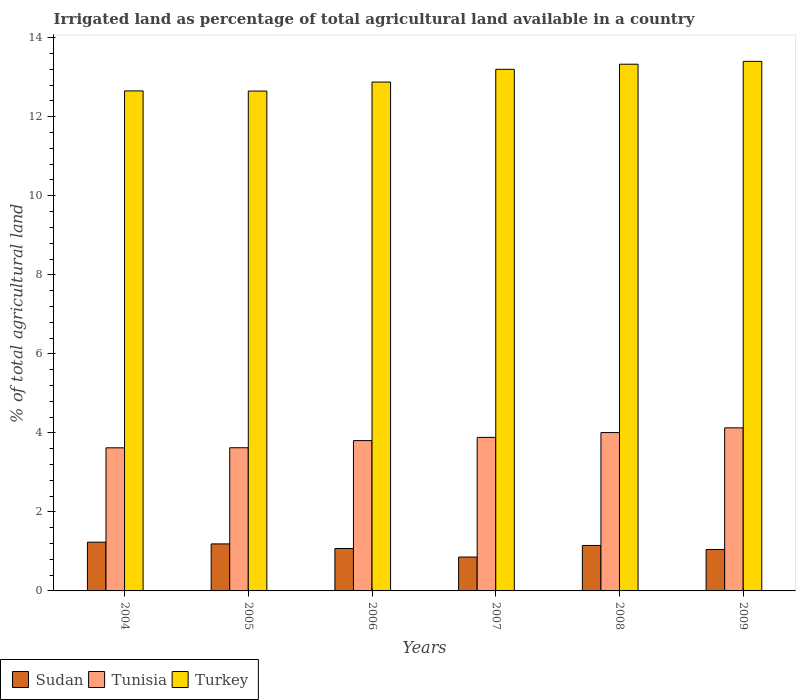
| Years | Sudan | Tunisia | Turkey |
 | --- | --- | --- | --- |
 | 2004 | 1.23 | 3.62 | 12.7 |
 | 2005 | 1.19 | 3.62 | 12.7 |
 | 2006 | 1.07 | 3.8 | 12.9 |
 | 2007 | 0.857 | 3.89 | 13.2 |
 | 2008 | 1.15 | 4.01 | 13.3 |
 | 2009 | 1.05 | 4.13 | 13.4 |